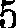
5